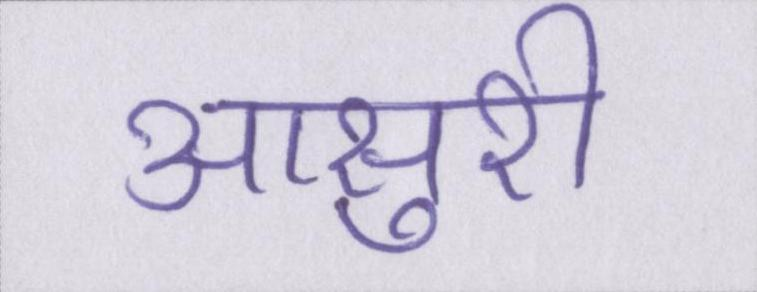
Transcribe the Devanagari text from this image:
आसुरी